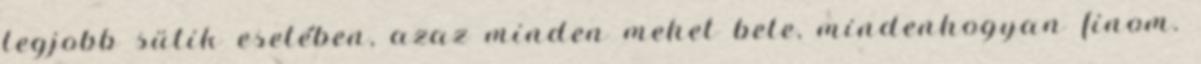
legjobb sütik esetében, azaz minden mehet bele, mindenhogyan finom.